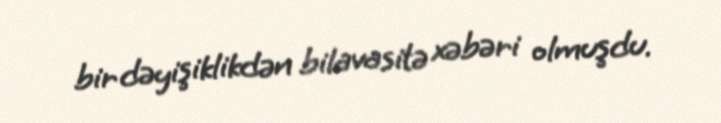
bir dəyişiklikdən bilavasitə xəbəri olmuşdu.